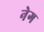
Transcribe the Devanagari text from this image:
नेग